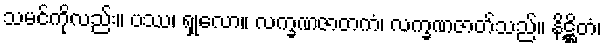
သမင်ကိုလည်း။ ပဿ၊ ရှုလော။ လက္ခဏဇာတကံ၊ လက္ခဏဇာတ်သည်။ နိဋ္ဌိတံ၊